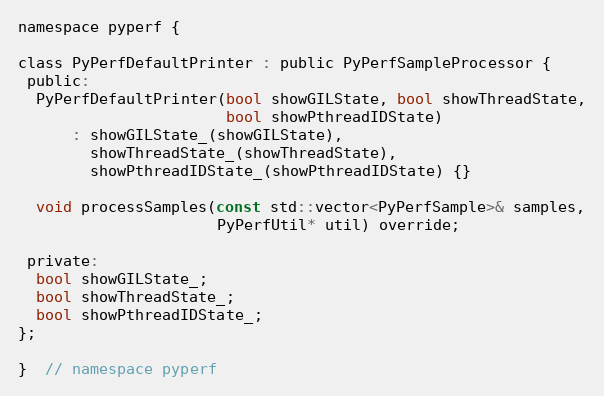
Language: C
namespace pyperf {

class PyPerfDefaultPrinter : public PyPerfSampleProcessor {
 public:
  PyPerfDefaultPrinter(bool showGILState, bool showThreadState,
                       bool showPthreadIDState)
      : showGILState_(showGILState),
        showThreadState_(showThreadState),
        showPthreadIDState_(showPthreadIDState) {}

  void processSamples(const std::vector<PyPerfSample>& samples,
                      PyPerfUtil* util) override;

 private:
  bool showGILState_;
  bool showThreadState_;
  bool showPthreadIDState_;
};

}  // namespace pyperf